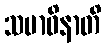
သမာဓိနာတိ